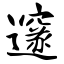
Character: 邃